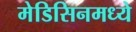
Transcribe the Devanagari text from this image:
मेडिसिनमध्ये